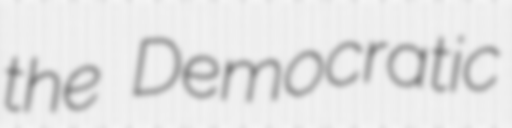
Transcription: the Democratic